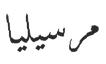
مرسيليا